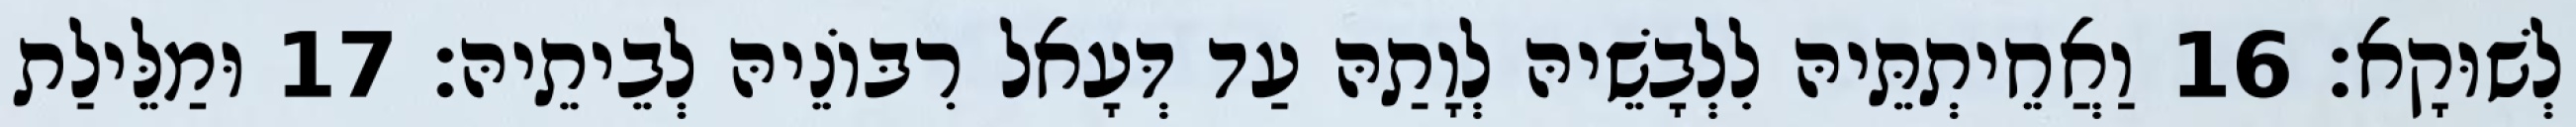
לְשׁוּקָא׃ 16 וַאֲחֵיתְתֵּיהּ לִלְבָשֵׁיהּ לְוָתַהּ עַד דְּעָאל רִבּוֹנֵיהּ לְבֵיתֵיהּ׃ 17 וּמַלֵּילַת